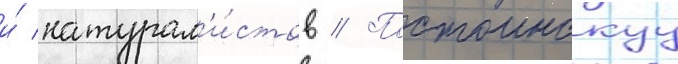
и́ натурал'и́стов // Постоинскуу